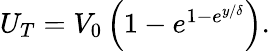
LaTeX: \begin{array}{r}{U_{T}=V_{0}\left(1-e^{1-e^{y/\delta}}\right).}\end{array}